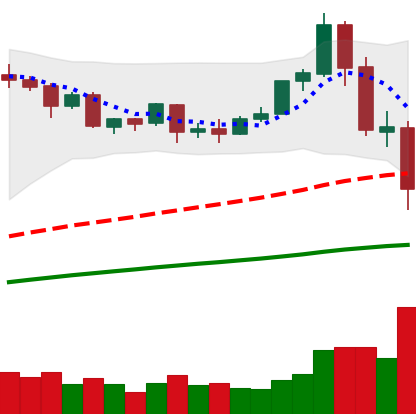
Ticker: ETH-USD
Chart end date: 2020-09-05
Forward return: 9.796%
Label: up_7plus